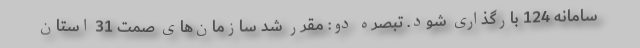
سامانه 124 بارگذاری شود. تبصره دو: مقرر شد سازمان‌های صمت 31 استان